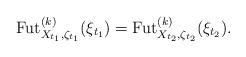
LaTeX: \begin{align*}\mathrm{Fut}_{X_{t_1},\zeta_{t_1}}^{(k)}(\xi_{t_1})=\mathrm{Fut}_{X_{t_2},\zeta_{t_2}}^{(k)}(\xi_{t_2}).\end{align*}